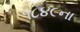
૧૮૪૯ના